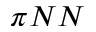
\pi N N